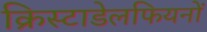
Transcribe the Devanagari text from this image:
क्रिस्टाडेलफियनों